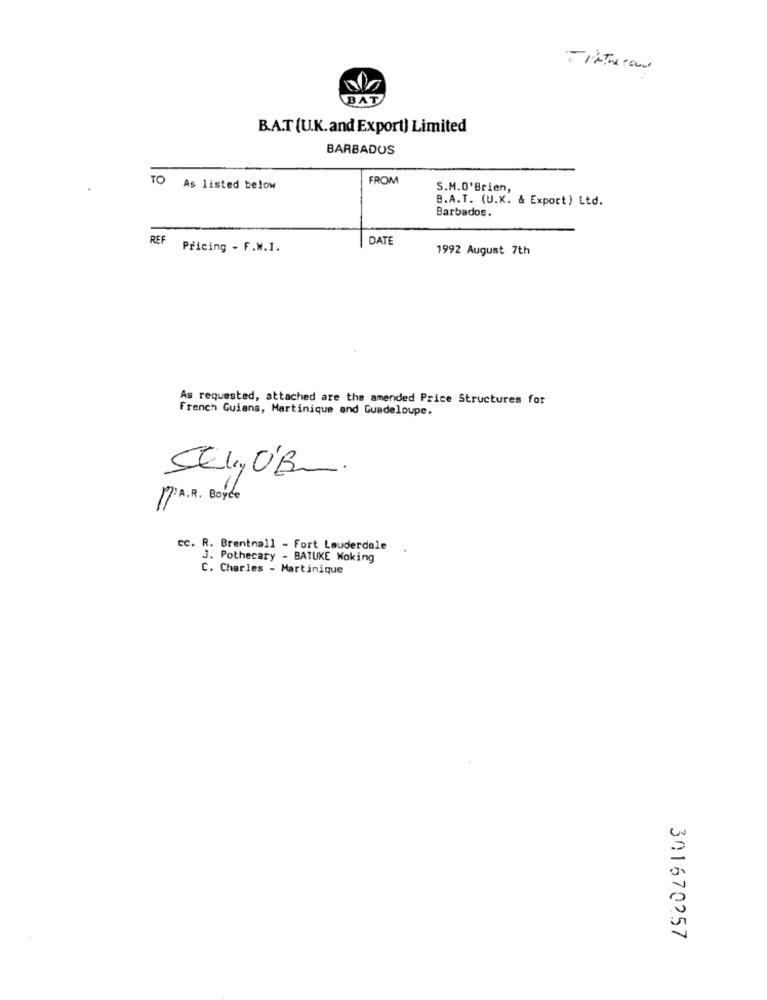
BAT
B.A.T (U.K. and Export) Limited
BARBADOS
FROM
TO As listed below
S.M.O'Brien,
B.A.T. (U.K. & Export) Ltd.
Barbados.
REF
DATE
Pricing - F.W.I.
1992 August 7th
As requested, attached are the amended Price Structures for
French Guiana, Martinique and Guadeloupe.
17' A.R. Boyce
cc. R. Brentnall - Fort Lauderdale
J. Pothecary - BATUKE Woking
C. Charles - Martinique
301670257